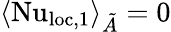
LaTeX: \langle\mathrm{Nu}_{\textrm{loc,}1}\rangle_{\tilde{A}}=0